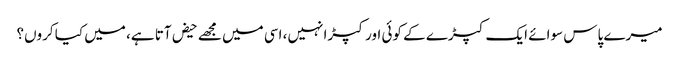
میرے پاس سوائے ایک کپڑے کے کوئی اور کپڑا نہیں، اسی میں مجھے حیض آتا ہے، میں کیا کروں؟